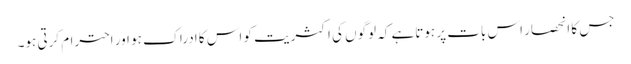
جس کا انحصار اس بات پر ہوتاہے کہ لوگوں کی اکثریت کو اس کا ادراک ہو اور احترام کرتی ہو۔